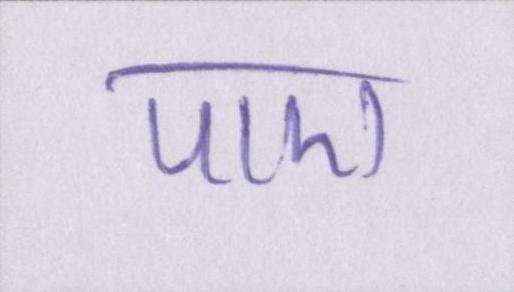
पाए